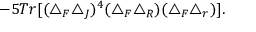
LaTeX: - 5 T r [ ( \triangle _ { F } \triangle _ { J } ) ^ { 4 } ( \triangle _ { F } \triangle _ { R } ) ( \triangle _ { F } \triangle _ { r } ) ] .